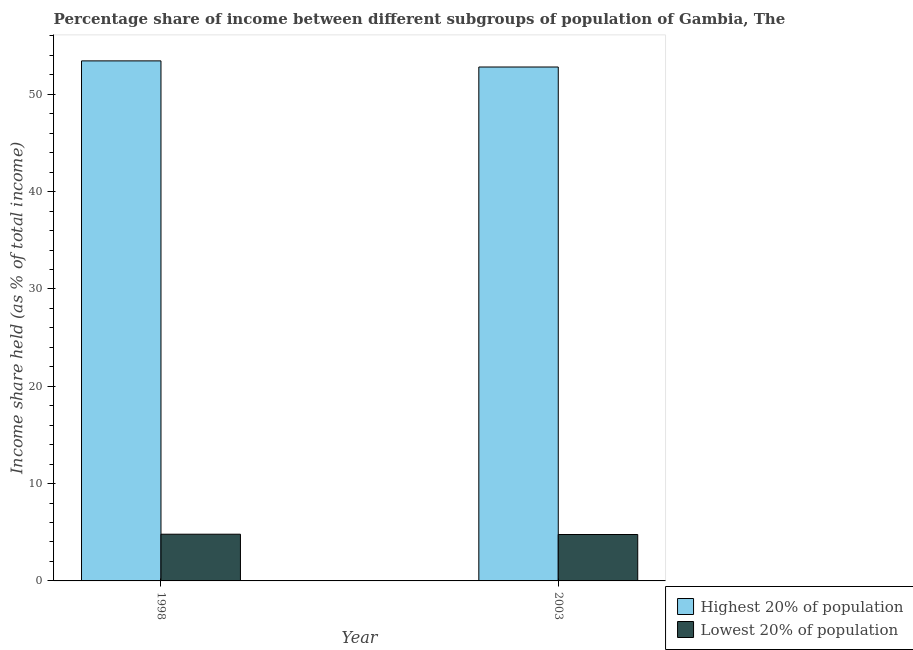
| Year | Highest 20% of population | Lowest 20% of population |
 | --- | --- | --- |
 | 1998 | 53.4 | 4.8 |
 | 2003 | 52.8 | 4.77 |